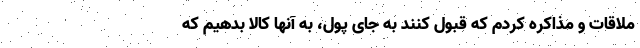
ملاقات و مذاکره کردم که قبول کنند به جای پول، به آنها کالا بدهیم که